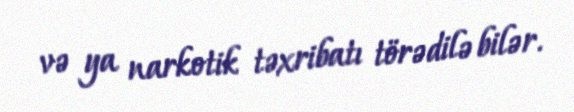
və ya narkotik təxribatı törədilə bilər.